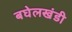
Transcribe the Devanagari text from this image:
बघेलखंडी